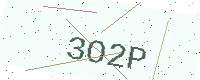
Text: 3O2P